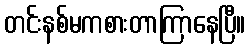
တင်းနစ်မကစားတာကြာနေပြီ။